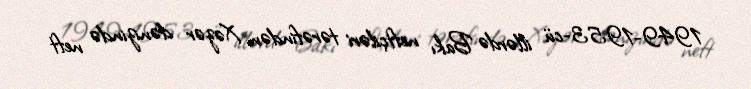
1949-1953-cü illərdə Bakı neftçiləri tərəfindən Xəzər dənizində neft